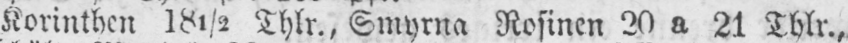
Korinthen I8½ Thlr., Smyrna Rosinen 20 a 21 Thlr.,